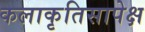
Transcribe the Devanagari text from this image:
कलाकृतिसापेक्ष